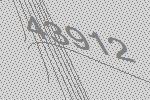
43912